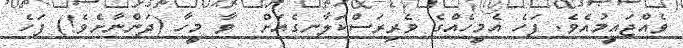
ވެއްޖައީމުއެވެ. ފަހެ އެމީހެއްގެ ވެރިރަސްކަލާނގެއަށް  ވާ މީހާ (ދަންނާށެވެ!) ފަހެ